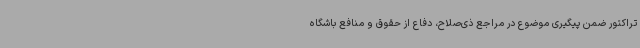
تراکتور ضمن پیگیری موضوع در مراجع ذی‌صلاح، دفاع از حقوق و منافع باشگاه